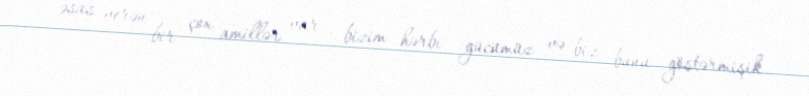
əsas verən bir çox amillər var - bizim hərbi gücümüz və biz bunu göstərmişik.